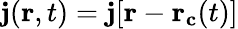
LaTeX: \mathbf{j}(\mathbf{r},t)=\mathbf{j}[\mathbf{r}-\mathbf{r_{c}}(t)]